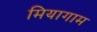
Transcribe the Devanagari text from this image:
मियागाम